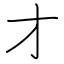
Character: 才